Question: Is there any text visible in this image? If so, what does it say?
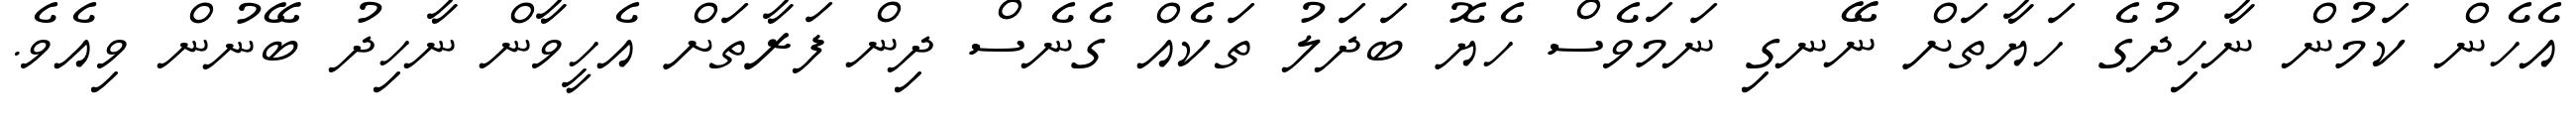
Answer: އެހެން ކަމުން ނާހިދުގެ ހަޔާތަށް ނޭނގި ނަމަވެސް ހެޔޮ ބަދަލު ތަކެއް ގެނެސް ދިން ފަރާތަށް އެހީވާން ނާހިދު ބޭނުން ވިއެވެ.